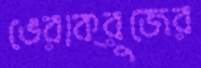
ভেরাক্রুজের